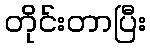
တိုင်းတာပြီး